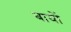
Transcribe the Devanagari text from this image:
बायों